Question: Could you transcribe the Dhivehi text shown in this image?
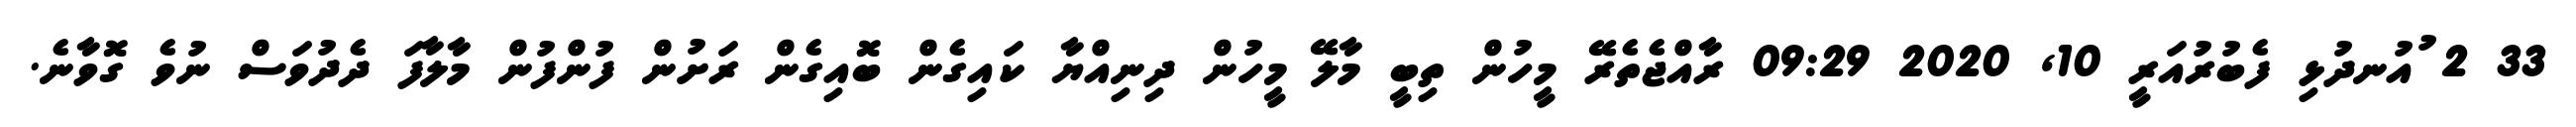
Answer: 33 2 ުއުނދުޅި ފެބުރުއަރީ 10, 2020 09:29 ރާއްޖެތެރޭ މީހުން ތިބީ މާލޭ މީހުން ދިނިއްޔާ ކައިގެން ބޮއިގެން ރަށުން ފުންފުން މާލާފަ ދެދުވަސް ނުވެ ގޮވާނެ.